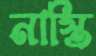
নাস্তি